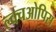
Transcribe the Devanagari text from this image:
ल्क्चओपिस